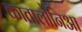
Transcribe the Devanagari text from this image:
कातालोनिआ